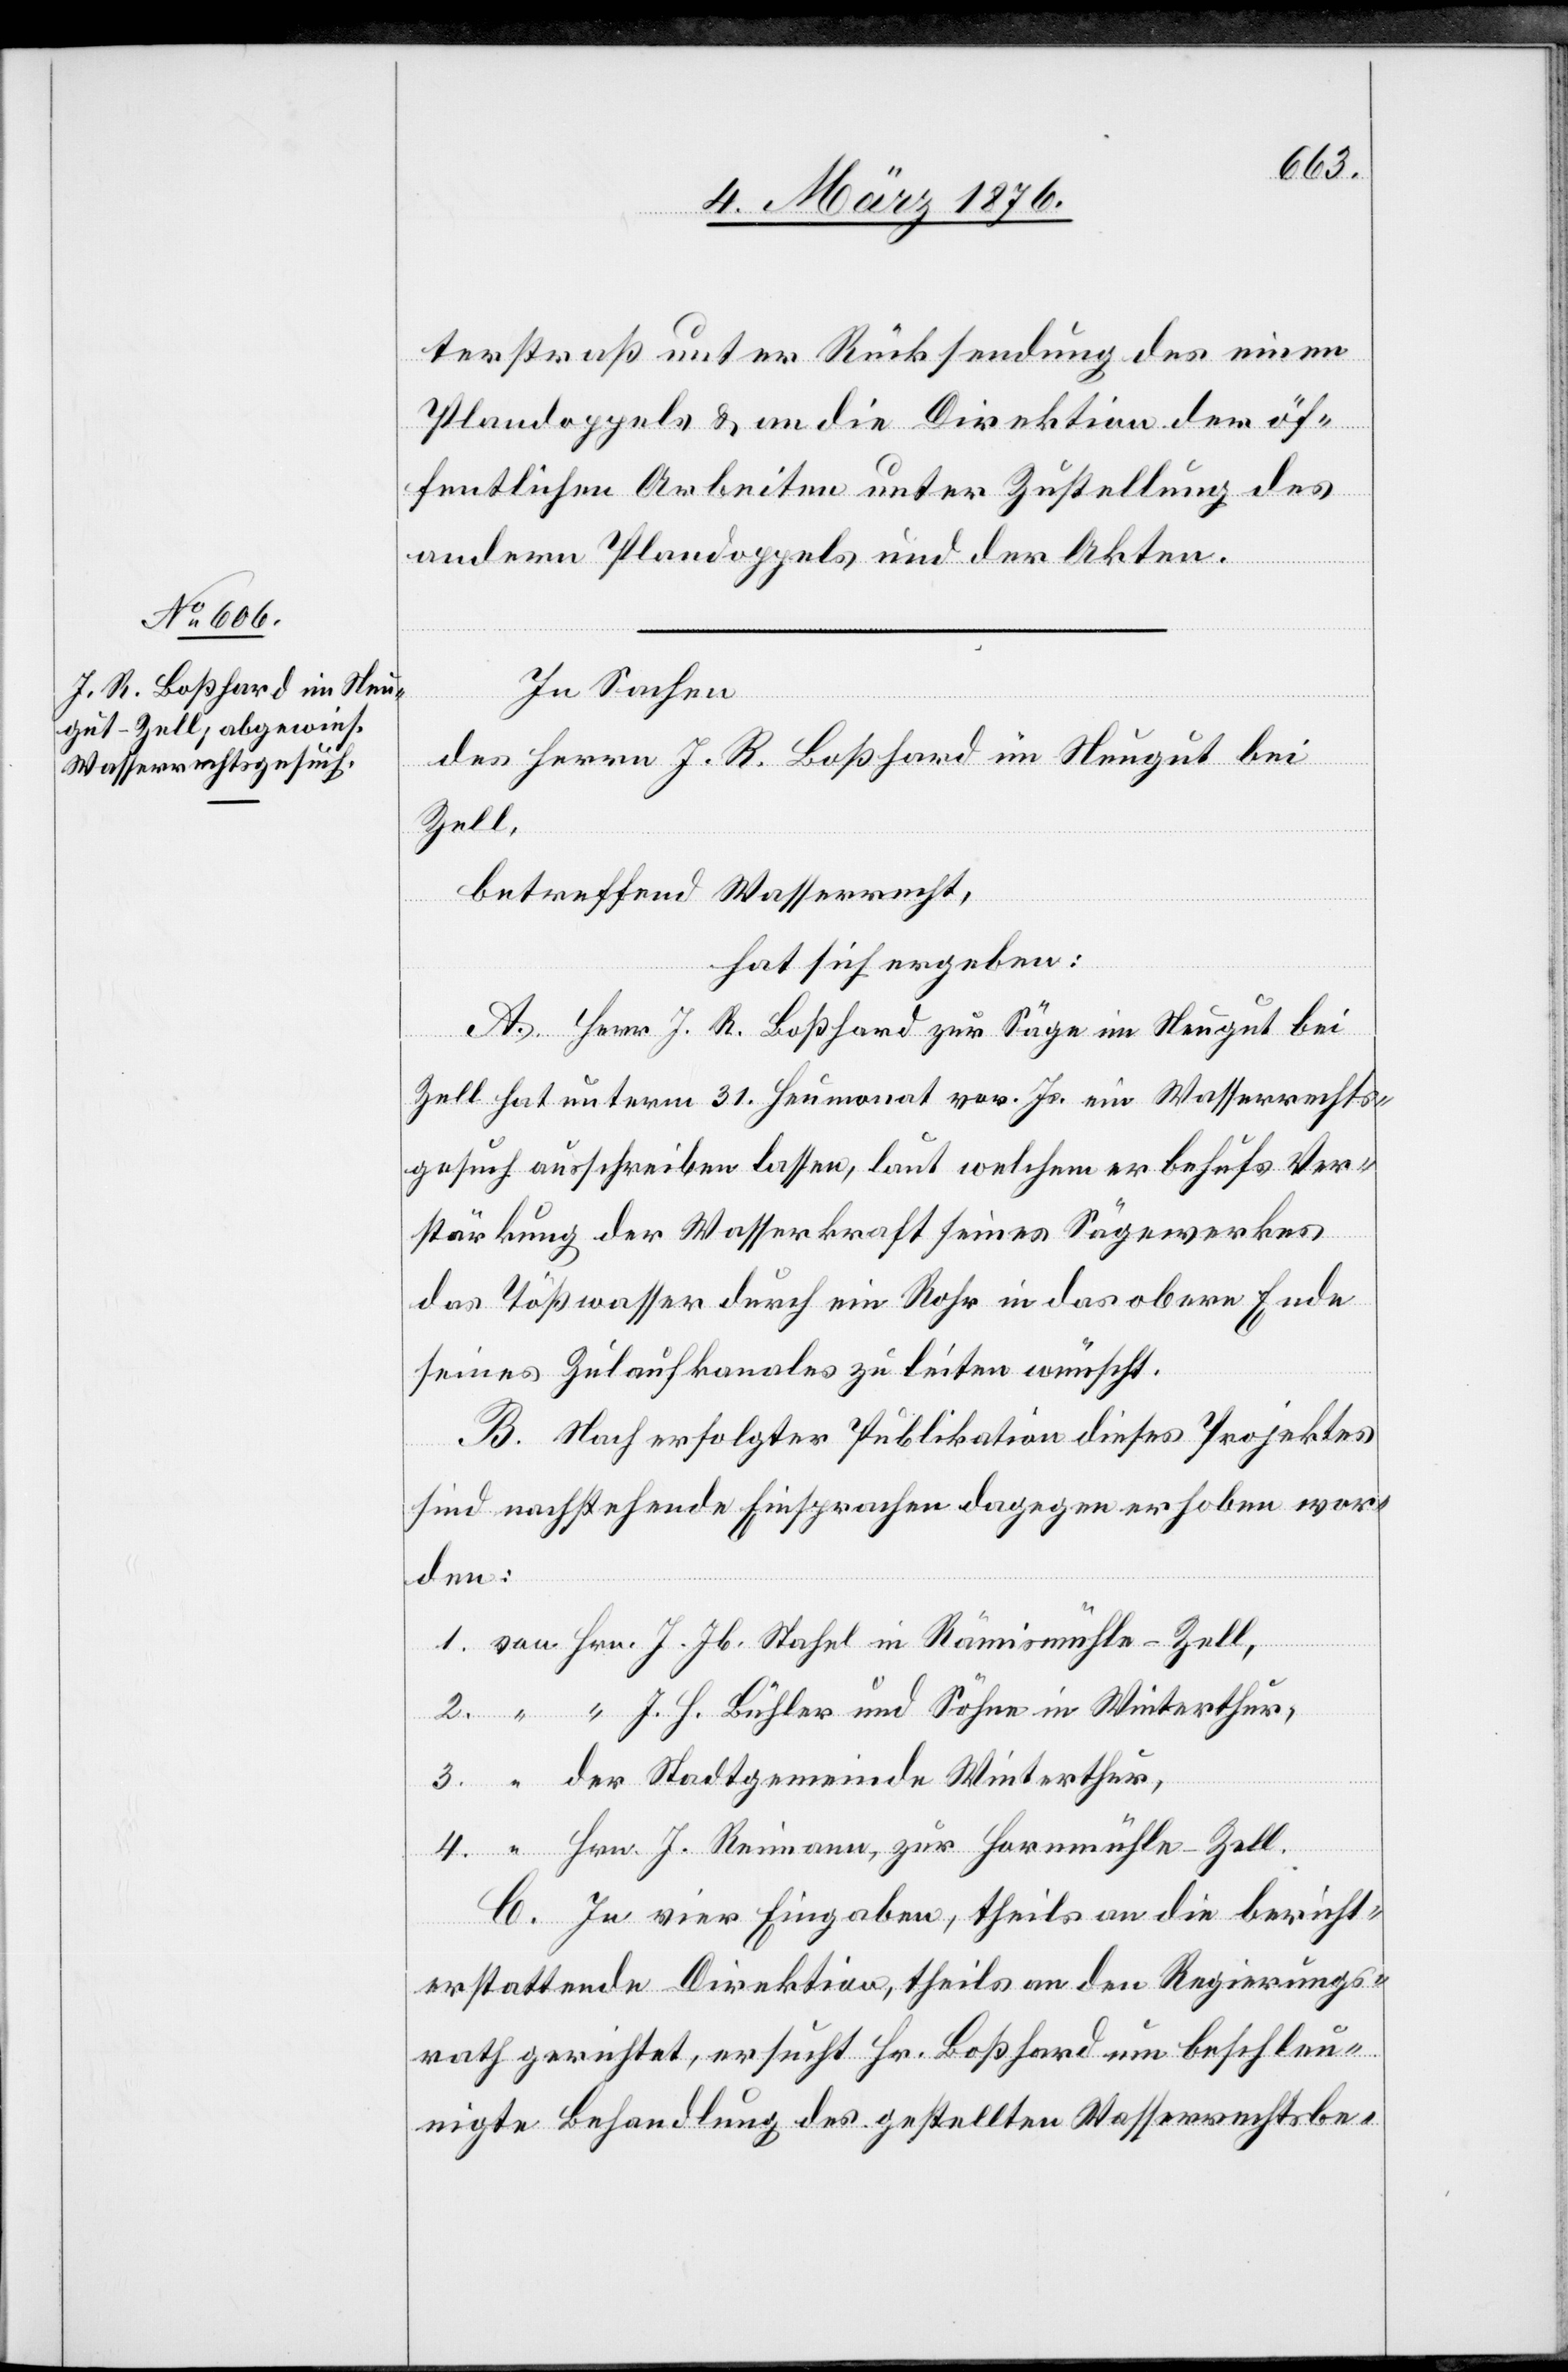
4.
terstraß unter Rücksendung des einen
Plandoppels & an die Direktion der öf¬
fentlichen Arbeiten unter Zustellung des
andern Plandoppels und der Akten.
In Sachen
des Herrn J. R. Boßhard im Heugut bei
Zell,
betreffend Wasserrecht,
ann,
hat sich ergeben:
A. Herr J. R. Boßhard zur Säge im Heugut bei
Zell hat unterm 31. Heumonat vor. Js. ein Wasserrechts¬
gesuch ausschreiben lassen, laut welchem er behufs Ver¬
stärkung der Wasserkraft seines Sägewerkes
das Tößwasser durch ein Rohr in das obere Ende
seines Zulaufkanales zu leiten wünscht.
B. Nach erfolgter Publikation dieses Projektes
sind nachstehende Einsprachen dagegen erhoben wor¬
den:
B. In vier Eingaben, theils an die bericht¬
erstattende Direktion, theils an den Regierungs¬
rath gerichtet, ersucht Hr. Boßhard um beschleu¬
nigte Behandlung des gestellten Wasserrechtsbe-